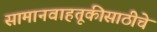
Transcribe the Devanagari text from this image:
सामानवाहतूकीसाठीचे